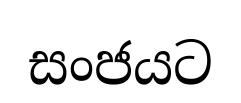
සංජයට